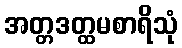
အတ္တဒတ္ထမစာရိသုံ